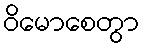
ဝိမောစေတွာ